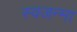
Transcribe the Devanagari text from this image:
स्वजन्मा